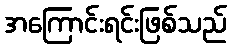
အကြောင်းရင်းဖြစ်သည်